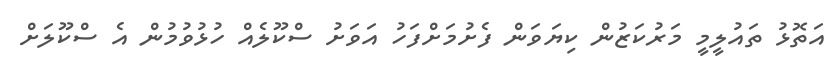
އަތޮޅު ތައުލީމީ މަރުކަޒުން ކިޔަވަން ފެށުމަށްފަހު އަވަށު ސްކޫލެއް ހުޅުވުމުން އެ ސްކޫލަށް